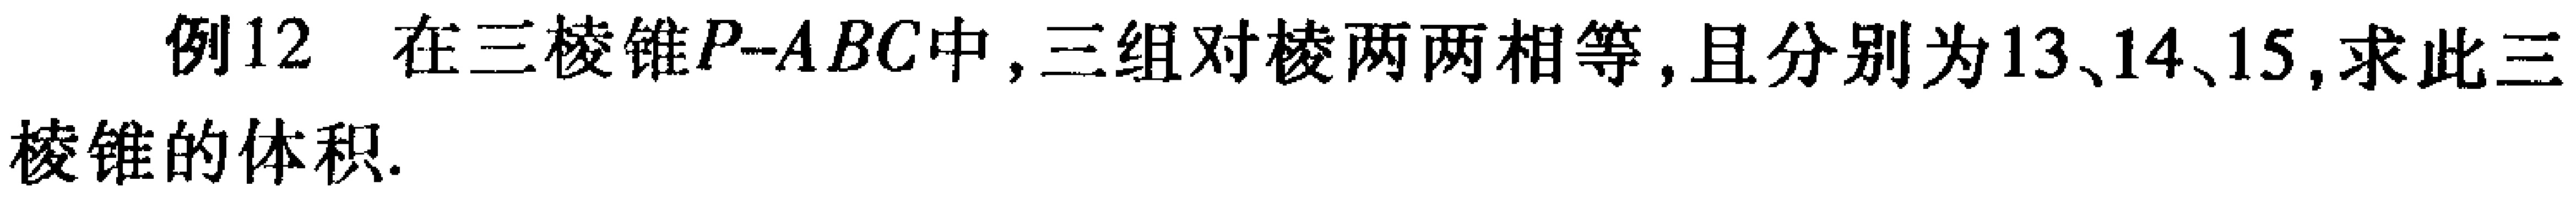
例12 在三棱锥\(P - ABC\)中，三组对棱两两相等，且分别为\(13、14、15\)，求此三棱锥的体积.